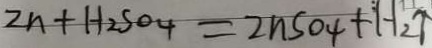
2 n + H _ { 2 } S O _ { 4 } = 2 n S O _ { 4 } + H _ { 2 } \uparrow